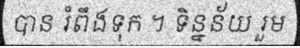
បាន រំពឹងទុក ។ ទិន្នន័យ រួម